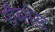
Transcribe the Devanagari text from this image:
रौब्सेस्ड